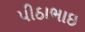
પીઠાભાઇ